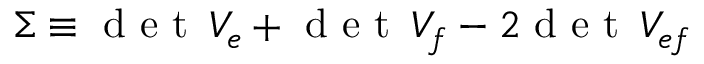
\Sigma \equiv \textup { d e t } \, { \cal V } _ { e } + \textup { d e t } \, { \cal V } _ { f } - 2 \textup { d e t } \, { \cal V } _ { e f }